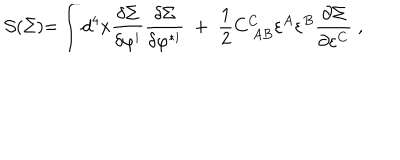
\mathcal { S ( } \Sigma \mathcal { ) = } \int d ^ { 4 } x \frac { \delta \Sigma } { \delta \varphi ^ { i } } \frac { \delta \Sigma } { \delta \varphi ^ { * i } } \; + \; \frac 1 2 C _ { \; A B } ^ { C } \varepsilon ^ { A } \varepsilon ^ { B } \frac { \partial \Sigma } { \partial \varepsilon ^ { C } } \; ,